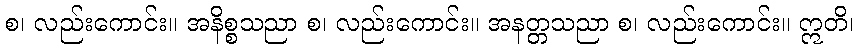
စ၊ လည်းကောင်း။ အနိစ္စသညာ စ၊ လည်းကောင်း။ အနတ္တသညာ စ၊ လည်းကောင်း။ ဣတိ၊